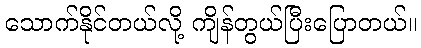
သောက်နိုင်တယ်လို့ ကျိန်တွယ်ပြီးပြောတယ်။